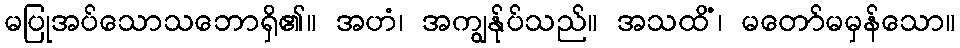
မပြုအပ်သောသဘောရှိ၏။ အဟံ၊ အကျွန်ုပ်သည်။ အသထိံ၊ မတော်မမှန်သော။